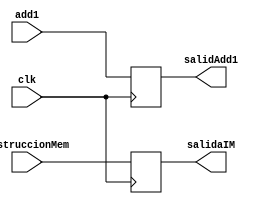
`timescale 1ns/1ns // Tiempo
// 1.- CREACIN DEL MDULO <ENTRADAS Y SALIDAS> I/O
module bufferif_id(
	input [31:0] add1,
	input [31:0] instruccionMem,
	input clk,
	output reg [31:0] salidAdd1,
	output reg [31:0] salidaIM
);
// 2.- DEFINICIN DE REGISTROS Y CABLES
// 3.- CUERPO DEL MDULO, ASIGNACIONES
initial begin
	salidAdd1=0;
	salidaIM=0;
end
always @(posedge clk)
begin 
	salidaIM = instruccionMem;
	salidAdd1 = add1;
end
endmodule